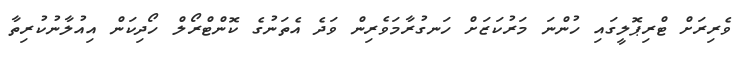
ވެރިރަށް ޓްރިޕޮލީގައި ހުންނަ މަރުކަޒަށް ހަނގުރާމަވެރިން ވަދެ އެތަނުގެ ކޮންޓްރޯލް ހޯދިކަން އިއުލާނުކުރިތާ